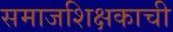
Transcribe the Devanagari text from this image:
समाजशिक्षकाची